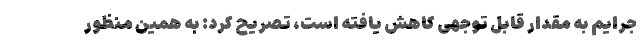
جرایم به مقدار قابل توجهی کاهش یافته است، تصریح کرد: به همین منظور